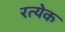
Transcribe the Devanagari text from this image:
रत्येक